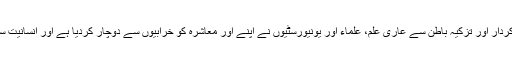
اسلام کے ساتھ وفاداری، اخلاق و کردار اور تزکیہ باطن سے عاری علم، علماء اور یونیورسٹیوں نے اپنے اور معاشرہ کو خرابیوں سے دوچار کردیا ہے اور انسانیت سوز مظالم کا سرچشمہ بن گئے ہیں۔